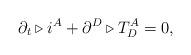
LaTeX: \begin{align*}\partial_{t}\triangleright i^{A}+\partial^{D}\triangleright T_{D}^{A}=0,\end{align*}